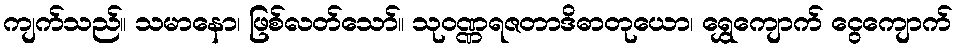
ကျက်သည်။ သမာနော၊ ဖြစ်လတ်သော်။ သုဝဏ္ဏရဇတာဒိဓာတုယော၊ ရွှေကျောက် ငွေကျောက်